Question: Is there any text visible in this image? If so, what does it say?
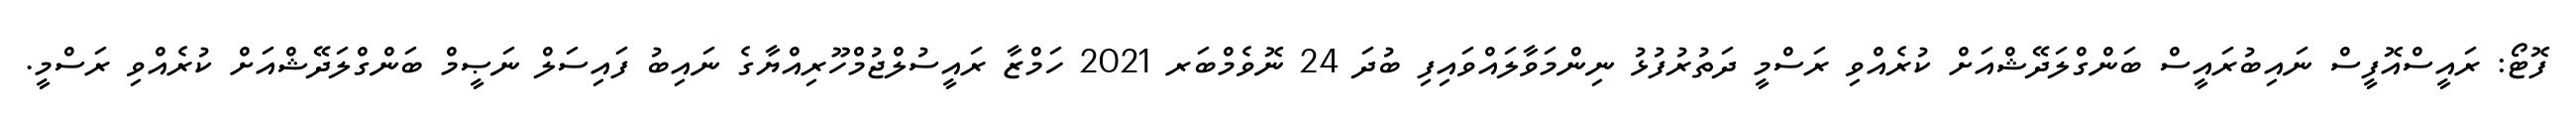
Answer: ފޮޓޯ: ރައީސްއޮފީސް ނައިބުރައީސް ބަންގްލަދޭޝްއަށް ކުރެއްވި ރަސްމީ ދަތުރުފުޅު ނިންމަވާލައްވައިފި ބުދަ 24 ނޮވެމްބަރ 2021 ހަމްޒާ ރައީސުލްޖުމްހޫރިއްޔާގެ ނައިބު ފައިސަލް ނަޞީމް ބަންގްލަދޭޝްއަށް ކުރެއްވި ރަސްމީ.